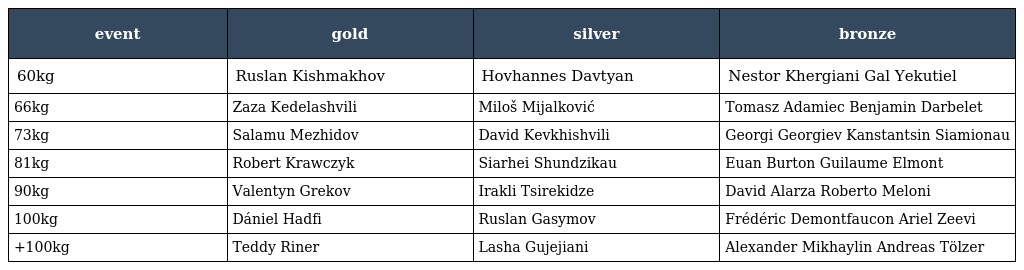
| event | gold | silver | bronze |
 | --- | --- | --- | --- |
 | 60kg | Ruslan Kishmakhov | Hovhannes Davtyan | Nestor Khergiani Gal Yekutiel |
 | 66kg | Zaza Kedelashvili | Miloš Mijalković | Tomasz Adamiec Benjamin Darbelet |
 | 73kg | Salamu Mezhidov | David Kevkhishvili | Georgi Georgiev Kanstantsin Siamionau |
 | 81kg | Robert Krawczyk | Siarhei Shundzikau | Euan Burton Guilaume Elmont |
 | 90kg | Valentyn Grekov | Irakli Tsirekidze | David Alarza Roberto Meloni |
 | 100kg | Dániel Hadfi | Ruslan Gasymov | Frédéric Demontfaucon Ariel Zeevi |
 | +100kg | Teddy Riner | Lasha Gujejiani | Alexander Mikhaylin Andreas Tölzer |